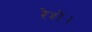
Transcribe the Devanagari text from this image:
रेशे।